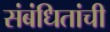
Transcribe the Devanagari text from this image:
संबंधितांची